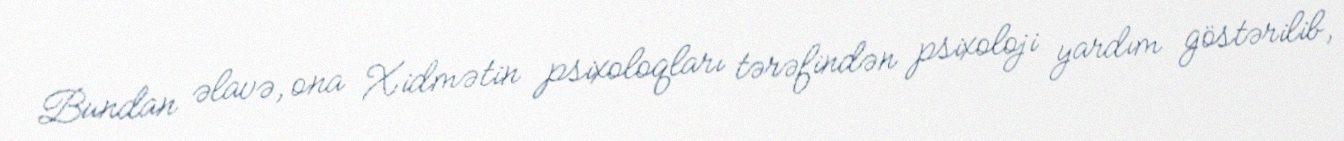
Bundan əlavə, ona Xidmətin psixoloqları tərəfindən psixoloji yardım göstərilib,